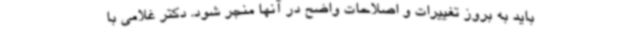
باید به بروز تغییرات و اصلاحات واضح در آنها منجر شود. دکتر غلامی با